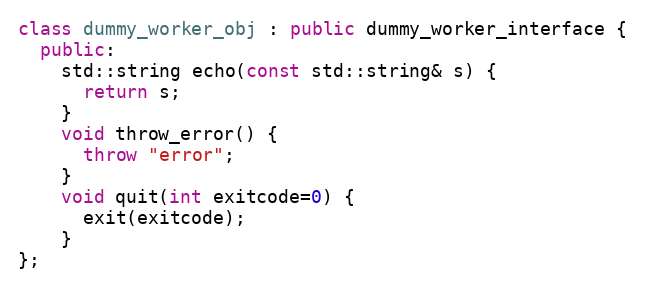
Language: C++
class dummy_worker_obj : public dummy_worker_interface {
  public:
    std::string echo(const std::string& s) {
      return s;
    }
    void throw_error() {
      throw "error";
    }
    void quit(int exitcode=0) {
      exit(exitcode);
    }
};